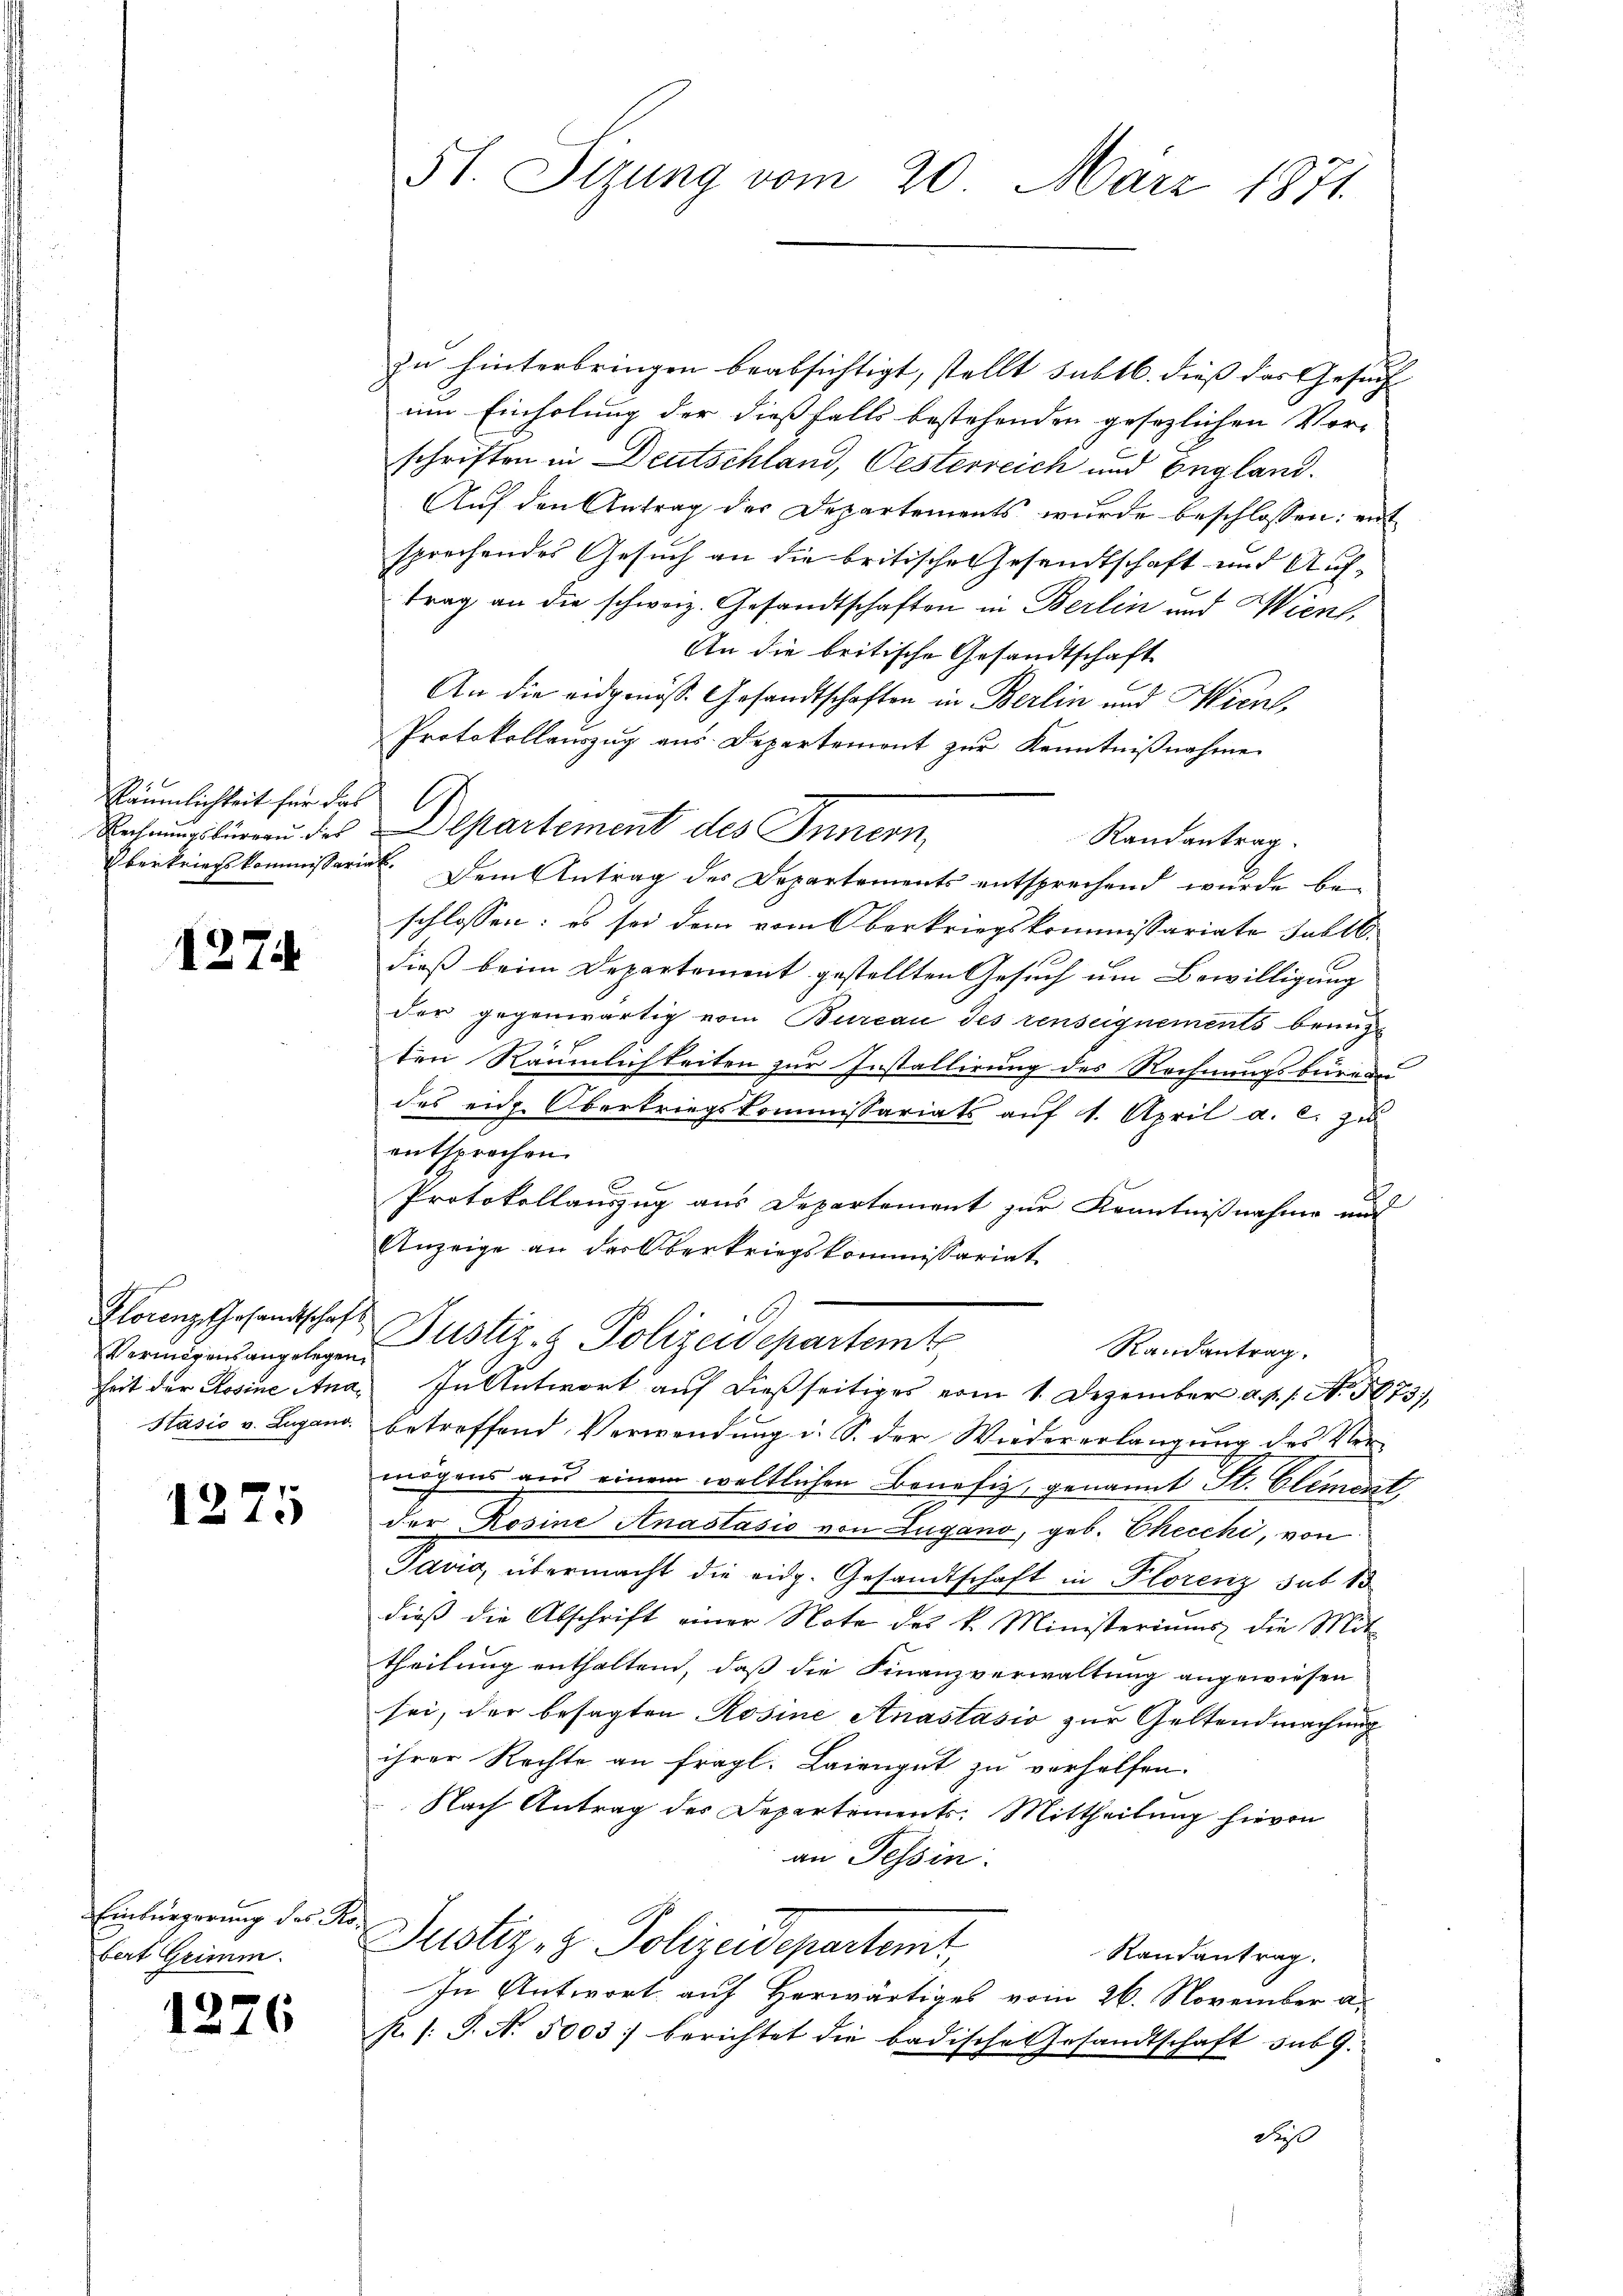
Räumlichkeit für das
Oberkriegskommissariat.

1274

Florenz Gesandtschaft
Vermögensangelegen

1275

Einbürgerung der Kobert Grimm.

1276

51. Sizung vom 20. März 1871.

zu hinterbringen beabsichtigt, stellt subtb. dieß das Gesuch
um Einholung der dießfalls bestehenden gesezlichen Vor-
schriften in Deutschland, Oesterreich und England.
Auf den Antrag der Departements wurde beschlossen: ent
sprechendes Gesuch an die britische Gesandtschaft und Auftrag an die schweiz. Gesandtschaften in Berlin und Wien
An die britische Gesandtschaft
An die eidgenöss. Gesandtschaften in Berlin und Hirns,
Protokollauszug aus Departemont zur Kenntnißnahme
Rechnungsbüreaŭ des partement des Innern,
Randantrag
Dem Antrag des Departements entsprechend wurde be-
schlossen: es sei dem vom Oberkriegskommissariate Jullbdieß beim Departement gestellten Gesuch um Bewilligung
der gegenwärtig vom Bureau des renseignements bringe
1 f
ten Räumlichkeiten zur Installirung des Rechnungsbüreau
des eid. Obertriegskommissariats auf 1. April a. c. zu
entsprochen.
Protokollauszug aus Departement zur Kenntnißnahme und
Anzeige an das Oberkriegskommissariat
Justiz- & Polizeidepartert,
Randantrag.
heit der Rosine Ana. In Antwort auf dießseitiges vom 1. Dezember a. p. 1. Ao 1873),
Stásis v. Lugano betreffend Verwendung i. S. der Wiedererlangung des Ver-
mögens aus einem weltlichen Benefiz, genannt St. Clement
der Rosine Anastasio von Lugano, geb. Checchi, von
Javio, übermacht die eidg. Gesandtschaft in Plorenz sub 13
dieß die Abschrift einer Note des k. Ministeriums die Mit-
theilung enthaltend, daß die Finanzverwaltung angewiesen
sei, der besagten Rosine Anastasio zur Geltendmachung
ihrer Rechte an fragl. Laiengut zu verhelfen.
Nach Antrag des Departements. Mittheilung hievon
an Tessin.
Justiz, z. Polizeidepartemt.
Randantrag.
In Antwort auf Herwärtiges vom 26. November a
k. /: J. N. 5003 berichtet die badische Gesandtschaft sub 9.
daß